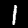
Label: 1